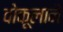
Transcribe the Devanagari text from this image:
वोकूलाने